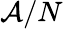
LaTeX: \mathcal{A}/N